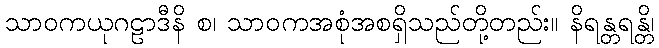
သာဝကယုဂဠာဒီနိ စ၊ သာဝကအစုံအစရှိသည်တို့တည်း။ နိရန္တရန္တိ၊